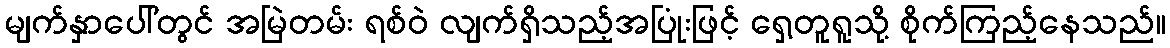
မျက်နှာပေါ်တွင် အမြဲတမ်း ရစ်ဝဲ လျက်ရှိသည့်အပြုံးဖြင့် ရှေ့တူရူသို့ စိုက်ကြည့်နေသည်။